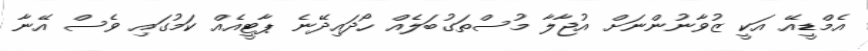
އެމްޑީއޭ އަކީ ޒުވާނުންނަށް އުޖާލާ މުސްތަގުބަލެއް ހޯދައިދޭނެ ޕާޓީއެއް ކަމުގައި ވެސް އޭނާ